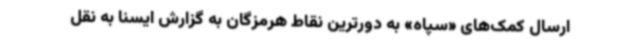
ارسال کمک‌های «سپاه» به دورترین نقاط هرمزگان به گزارش ایسنا به نقل